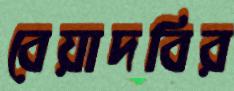
বেয়াদবির